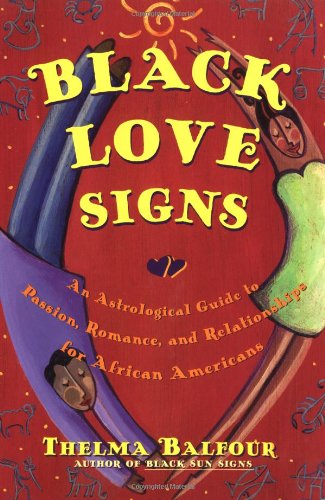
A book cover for Black Love Signs: An Astrological Guide to Passion, Romance and Relationships for African Americans; Thelma Balfour; Self-Help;